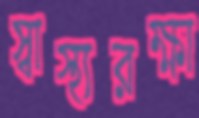
স্বাস্থ্যরক্ষা